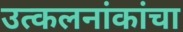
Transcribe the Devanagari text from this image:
उत्कलनांकांचा